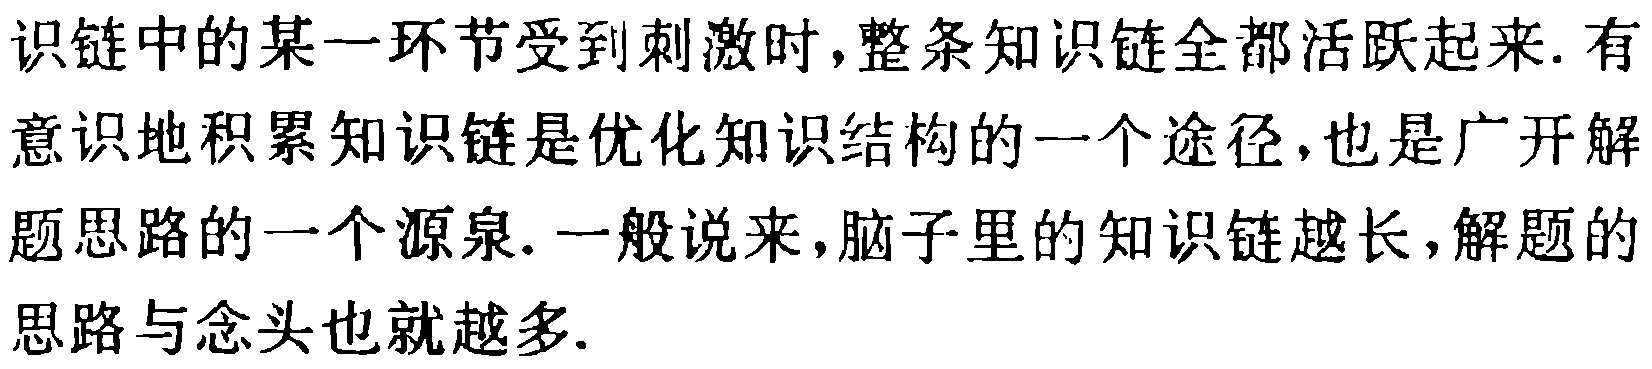
识链中的某一环节受到刺激时,整条知识链全都活跃起来. 有意识地积累知识链是优化知识结构的一个途径,也是广开解题思路的一个源泉. 一般说来,脑子里的知识链越长,解题的思路与念头也就越多.